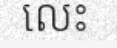
លេះ